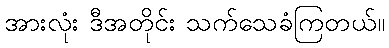
အားလုံး ဒီအတိုင်း သက်သေခံကြတယ်။